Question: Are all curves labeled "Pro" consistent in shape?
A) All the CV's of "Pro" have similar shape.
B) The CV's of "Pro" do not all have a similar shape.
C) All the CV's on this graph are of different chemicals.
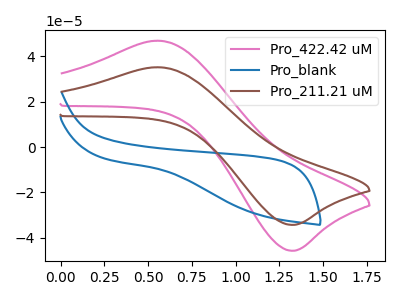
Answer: <think>The pink curve "Pro_422.42 uM" has an anodic peak at (0.55V, 46.95uA) and a cathodic peak at (1.35V, -45.75uA). The blue curve "Pro_blank" has no peaks. The brown curve "Pro_211.21 uM" has an anodic peak at (0.55V, 35.20uA) and a cathodic peak at (1.35V, -34.35uA).
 "Pro_422.42 uM" and "Pro_blank" have a different number of peaks. All the peaks in "Pro_422.42 uM" have a peak in "Pro_211.21 uM" at the same potential. Every peak in "Pro_422.42 uM" is higher than every peak in "Pro_211.21 uM". "Pro_blank" and "Pro_211.21 uM" have a different number of peaks.</think>
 <answer>A) All the CV's of "Pro" have similar shape.</answer>
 <eval>A</eval>